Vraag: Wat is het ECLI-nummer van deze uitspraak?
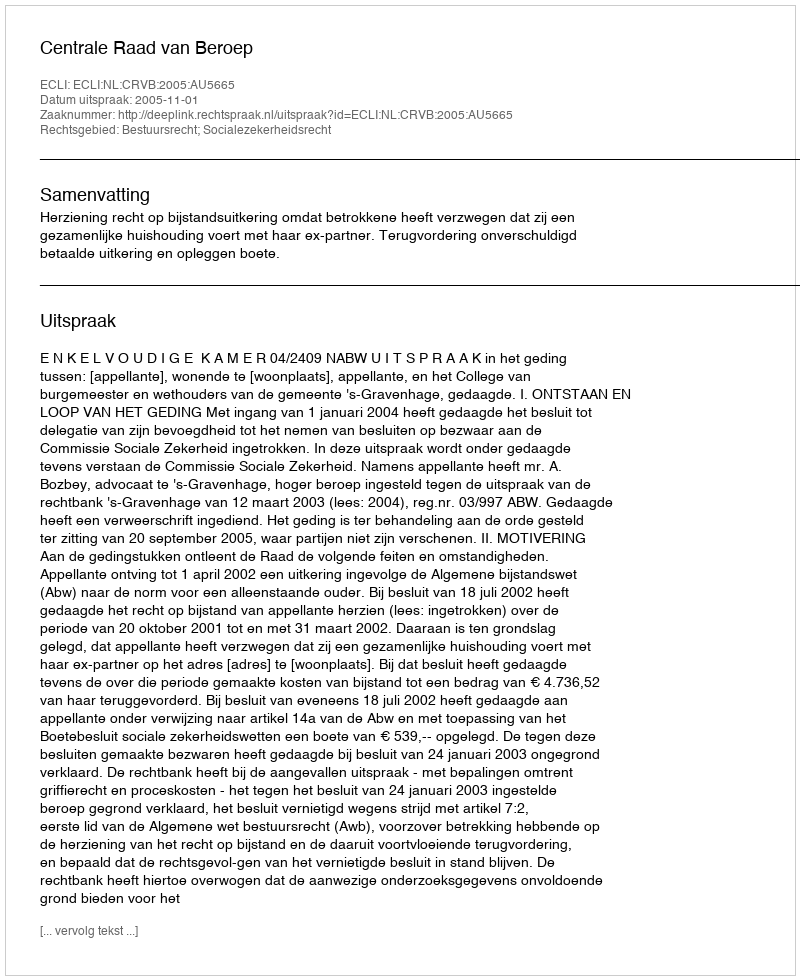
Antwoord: ECLI:NL:CRVB:2005:AU5665